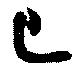
巳